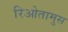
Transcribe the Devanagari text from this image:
रिओतामुस